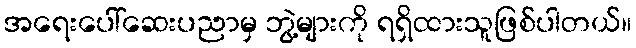
အရေးပေါ်ဆေးပညာမှ ဘွဲ့များကို ရရှိထားသူဖြစ်ပါတယ်။